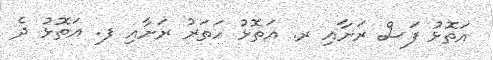
އަތޮޅު ފަސް ރަށާއި ރ. އަތޮޅު ހަތަރު ރަށާއި ފ. އަތޮޅު ދެ